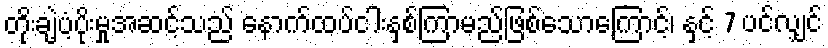
တိုးချဲ့ပံ့ပိုးမှုအဆင့်သည် နောက်ထပ်ငါးနှစ်ကြာမည်ဖြစ်သောကြောင့်၊ နှင့် 7 ပင်လျှင်